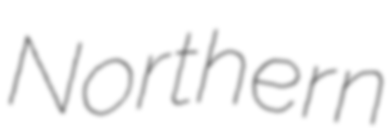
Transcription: Northern